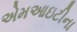
એમઆઇટીના